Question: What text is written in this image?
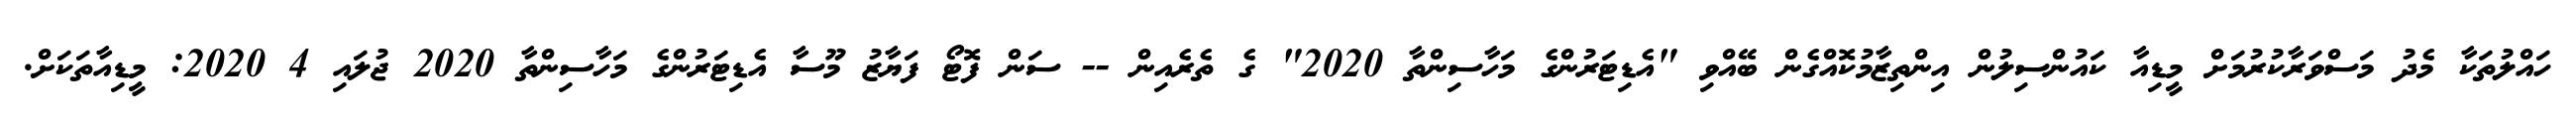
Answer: ހައްލުތަކާ މެދު މަސްވަރާކުރުމަށް މީޑިއާ ކައުންސިލުން އިންތިޒާމުކޮއްގެން ބޭއްވި "އެޑިޓަރުންގެ މަހާސިންތާ 2020" ގެ ތެރެއިން -- ސަން ފޮޓޯ ފަޔާޒު މޫސާ އެޑިޓަރުންގެ މަހާސިންތާ 2020 ޖުލައި 4 2020: މީޑިއާތަކަށް.